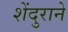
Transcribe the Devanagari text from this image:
शेंदुराने